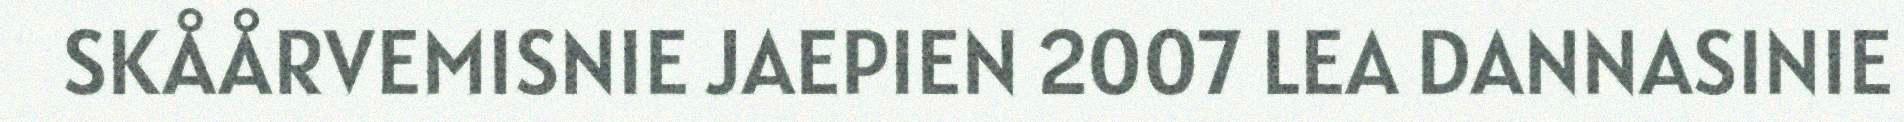
SKÅÅRVEMISNIE JAEPIEN 2007 LEA DANNASINIE